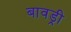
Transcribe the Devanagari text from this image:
बावड्री